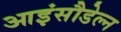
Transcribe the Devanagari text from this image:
आइंसौडेल्न